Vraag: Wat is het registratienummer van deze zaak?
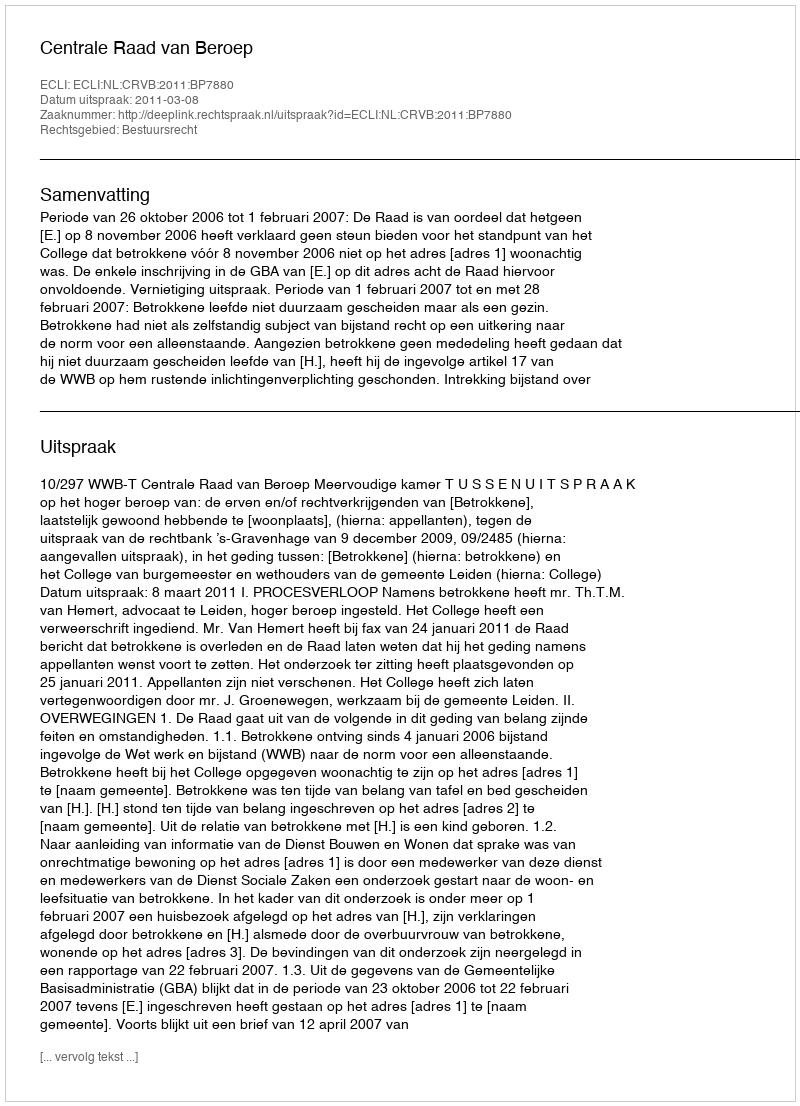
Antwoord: http://deeplink.rechtspraak.nl/uitspraak?id=ECLI:NL:CRVB:2011:BP7880